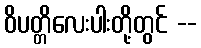
ဝိပတ္တိလေးပါးတို့တွင် --